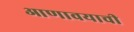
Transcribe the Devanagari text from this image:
आणावयाची